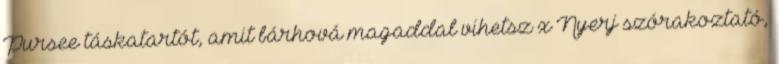
Pursee táskatartót, amit bárhová magaddal vihetsz x Nyerj szórakoztató,